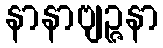
နာနာဗျဉ္ဇနာ